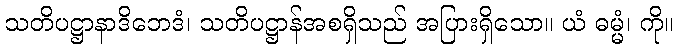
သတိပဋ္ဌာနာဒိဘေဒံ၊ သတိပဋ္ဌာန်အစရှိသည် အပြားရှိသော။ ယံ ဓမ္မံ၊ ကို။